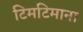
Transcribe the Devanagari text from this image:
टिमटिमाना